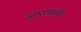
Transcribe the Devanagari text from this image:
आरशातील